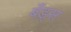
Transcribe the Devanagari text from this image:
बँड्स